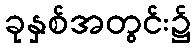
ခုနှစ်အတွင်း၌